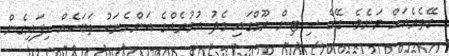
ގޭތެރެއަށް ވަނެވެ. ގޭގެ ސިޓިން ރޫމްގައި މެދު އުމުރެއްގެ އަންހެނަކު ތަބަކެއް ހިފައިގެން